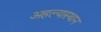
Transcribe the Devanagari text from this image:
अहल्यास्थान